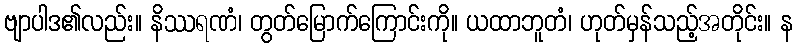
ဗျာပါဒ၏လည်း။ နိဿရဏံ၊ တွတ်မြောက်ကြောင်းကို။ ယထာဘူတံ၊ ဟုတ်မှန်သည့်အတိုင်း။ န